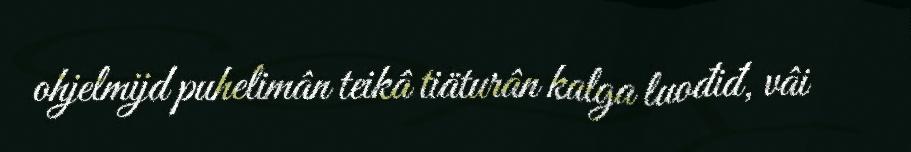
ohjelmijd puhelimân teikâ tiäturân kalga luođiđ, vâi